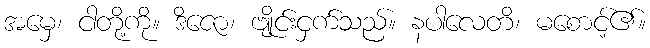
အမှေ၊ ငါတို့ကို။ ဒိဇော၊ ဗျိုင်းငှက်သည်။ နပါလေတိ၊ မစောင့်၏။